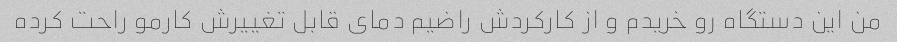
من این دستگاه رو خریدم و از کارکردش راضیم دمای قابل تغییرش کارمو راحت کرده